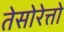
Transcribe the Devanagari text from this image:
तेसोरेत्तो